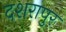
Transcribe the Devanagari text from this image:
दशरापुर